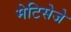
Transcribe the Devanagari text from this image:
मेटिसेजे